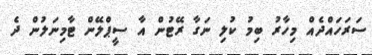
ސަރަހައްދެއް މިހާރު ބިމު ކުލި ނަގާ ރޭޓުން އާ ސީޕްލޭން ޓާމިނަލުން ދެ